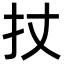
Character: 扙